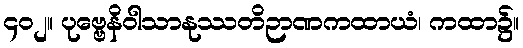
၄၀၂။ ပုဗ္ဗေနိဝါသာနုဿတိဉာဏကထာယံ၊ ကထာ၌။